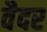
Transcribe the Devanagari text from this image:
वैदर